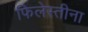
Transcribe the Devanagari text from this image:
फिलेस्तीना